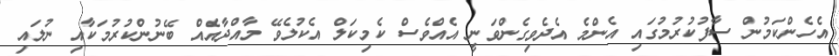
އެހެންކަމުން ސާފުކުރުމުގައި އެންމެ އެދެވިގެންވަނީ އެއްވެސް ކެމިކަލް އެކުލެވޭ މާއްދާއެއް ބޭނުންކުރުމަކާއި ނުލައި